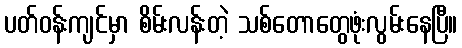
ပတ်ဝန်းကျင်မှာ စိမ်းလန်းတဲ့ သစ်တောတွေဖုံးလွမ်းနေပြီ။